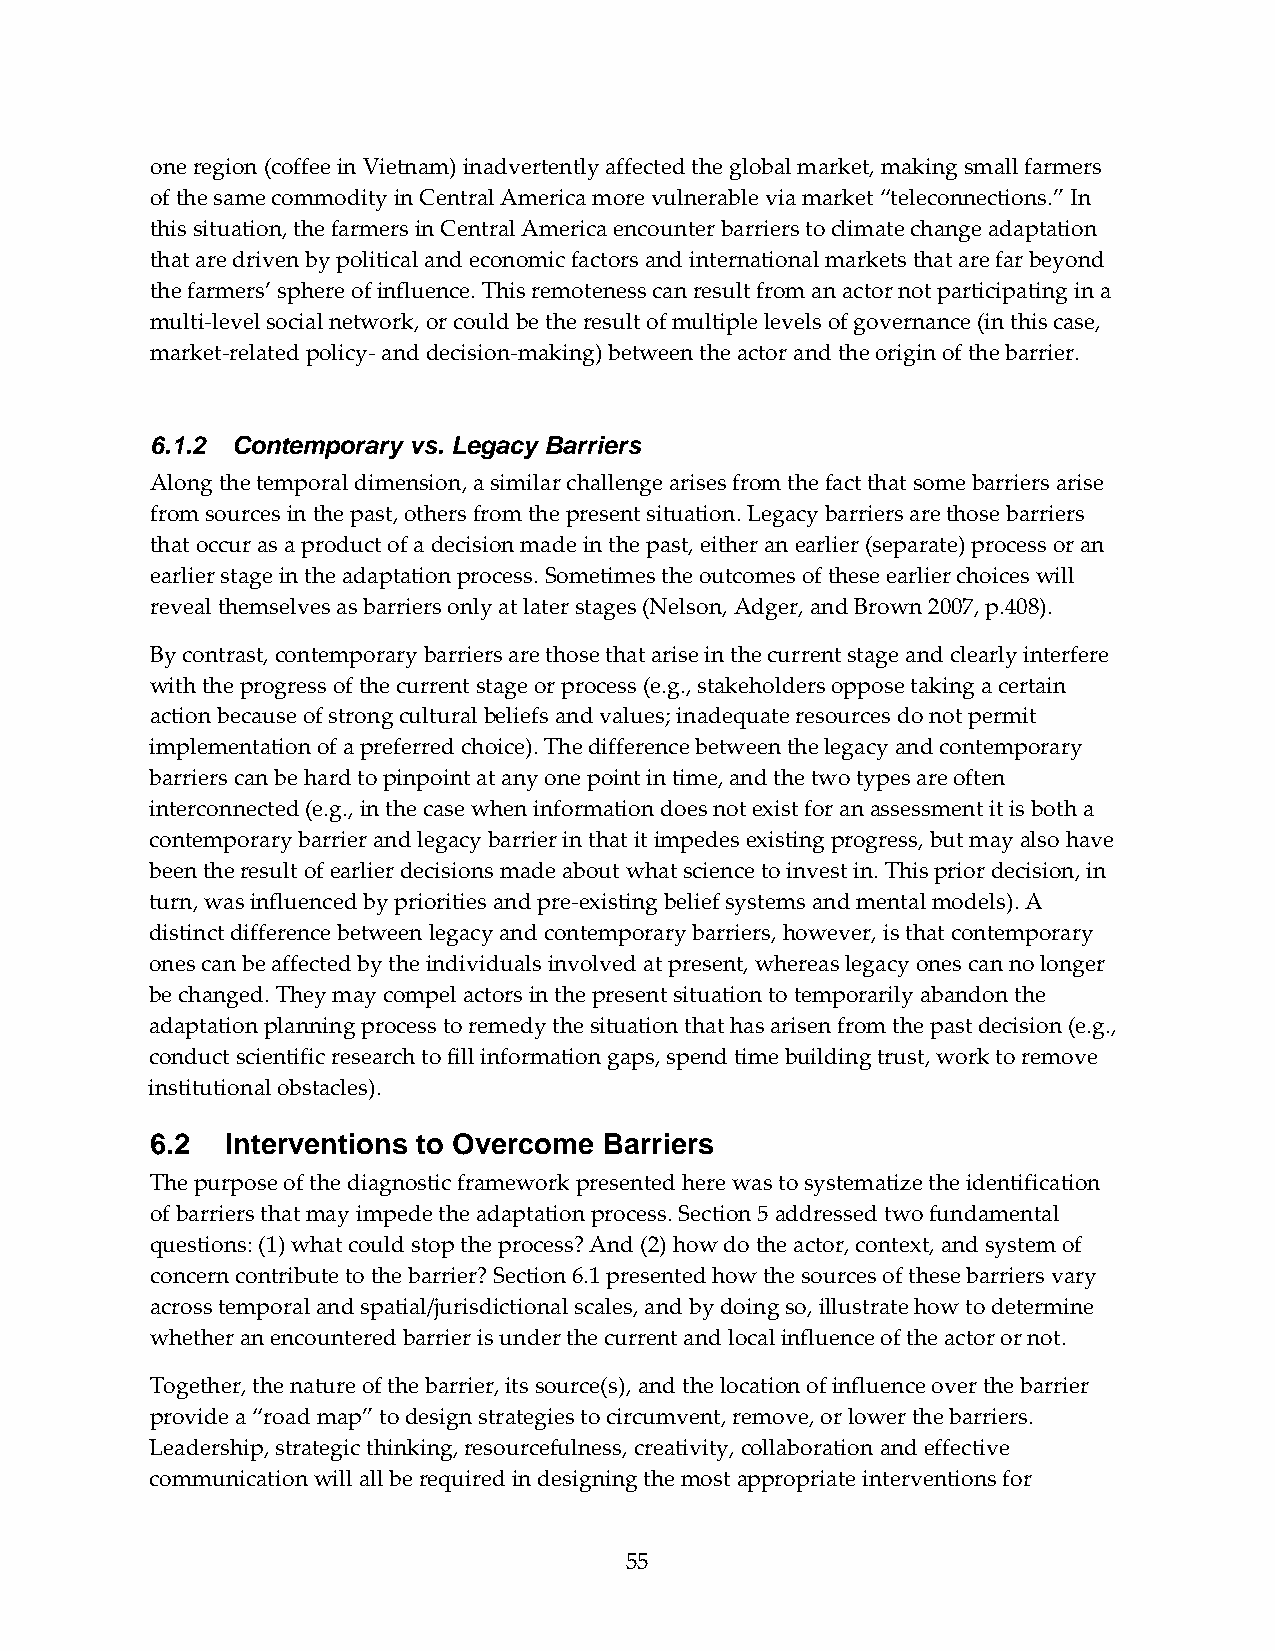
one region (coffee in Vietnam) inadvertently affected the global market, making small farmers
 of the same commodity in Central America more vulnerable via market “teleconnections.” In
 this situation, the farmers in Central America encounter barriers to climate change adaptation
 that are driven by political and economic factors and international markets that are far beyond
 the farmers’ sphere of influence. This remoteness can result from an actor not participating in a
 multi‐level social network, or could be the result of multiple levels of governance (in this case,
 market‐related policy‐ and decision‐making) between the actor and the origin of the barrier.
 6.1.2 Contemporary vs. Legacy Barriers
 Along the temporal dimension, a similar challenge arises from the fact that some barriers arise
 from sources in the past, others from the present situation. Legacy barriers are those barriers
 that occur as a product of a decision made in the past, either an earlier (separate) process or an
 earlier stage in the adaptation process. Sometimes the outcomes of these earlier choices will
 reveal themselves as barriers only at later stages (Nelson, Adger, and Brown 2007, p.408).
 By contrast, contemporary barriers are those that arise in the current stage and clearly interfere
 with the progress of the current stage or process (e.g., stakeholders oppose taking a certain
 action because of strong cultural beliefs and values; inadequate resources do not permit
 implementation of a preferred choice). The difference between the legacy and contemporary
 barriers can be hard to pinpoint at any one point in time, and the two types are often
 interconnected (e.g., in the case when information does not exist for an assessment it is both a
 contemporary barrier and legacy barrier in that it impedes existing progress, but may also have
 been the result of earlier decisions made about what science to invest in. This prior decision, in
 turn, was influenced by priorities and pre‐existing belief systems and mental models). A
 distinct difference between legacy and contemporary barriers, however, is that contemporary
 ones can be affected by the individuals involved at present, whereas legacy ones can no longer
 be changed. They may compel actors in the present situation to temporarily abandon the
 adaptation planning process to remedy the situation that has arisen from the past decision (e.g.,
 conduct scientific research to fill information gaps, spend time building trust, work to remove
 institutional obstacles).
 6.2  Interventions to Overcome Barriers
 The purpose of the diagnostic framework presented here was to systematize the identification
 of barriers that may impede the adaptation process. Section 5 addressed two fundamental
 questions: (1) what could stop the process? And (2) how do the actor, context, and system of
 concern contribute to the barrier? Section 6.1 presented how the sources of these barriers vary
 across temporal and spatial/jurisdictional scales, and by doing so, illustrate how to determine
 whether an encountered barrier is under the current and local influence of the actor or not.
 Together, the nature of the barrier, its source(s), and the location of influence over the barrier
 provide a “road map” to design strategies to circumvent, remove, or lower the barriers.
 Leadership, strategic thinking, resourcefulness, creativity, collaboration and effective
 communication will all be required in designing the most appropriate interventions for
 55